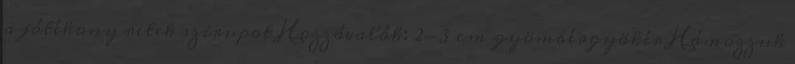
a jótékony retek szirupot Hozzávalók: 2-3 cm gyömbérgyökér Hámozzuk